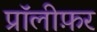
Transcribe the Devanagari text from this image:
प्रॉलीफ़र